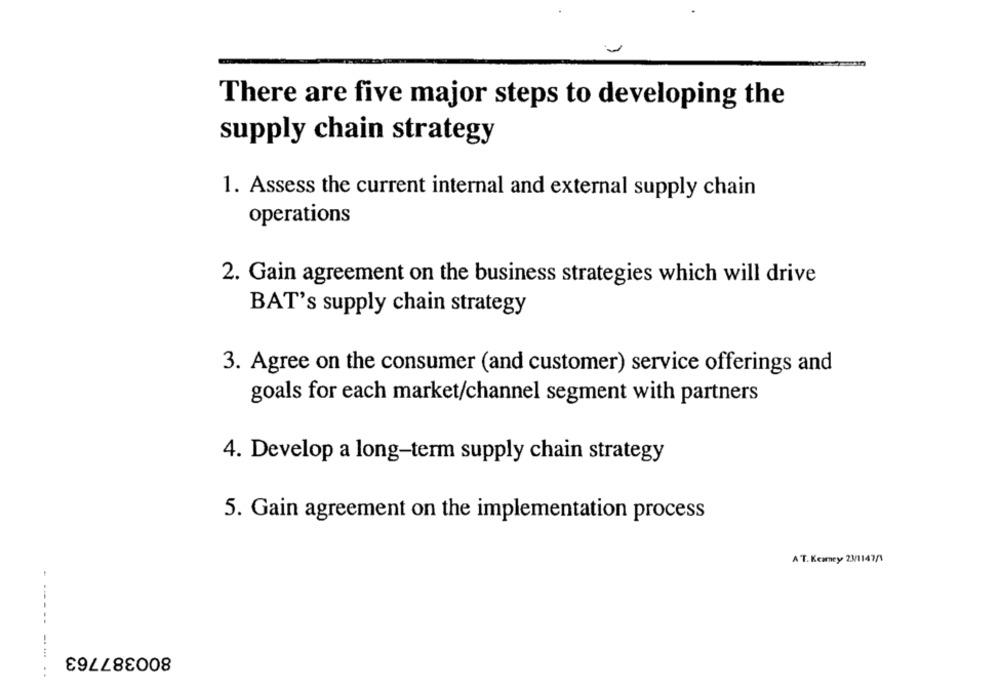
There are five major steps to developing the
supply chain strategy
1. Assess the current internal and external supply chain
operations
2. Gain agreement on the business strategies which will drive
BAT's supply chain strategy
3. Agree on the consumer (and customer) service offerings and
goals for each market/channel segment with partners
4. Develop a long-term supply chain strategy
5. Gain agreement on the implementation process
A T. Kearney 23/1147/1
800387763
------ --. ..